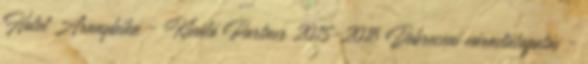
Hotel Aranybika - Kiváló Partner 2015-2016 Debreceni városlátogatás -